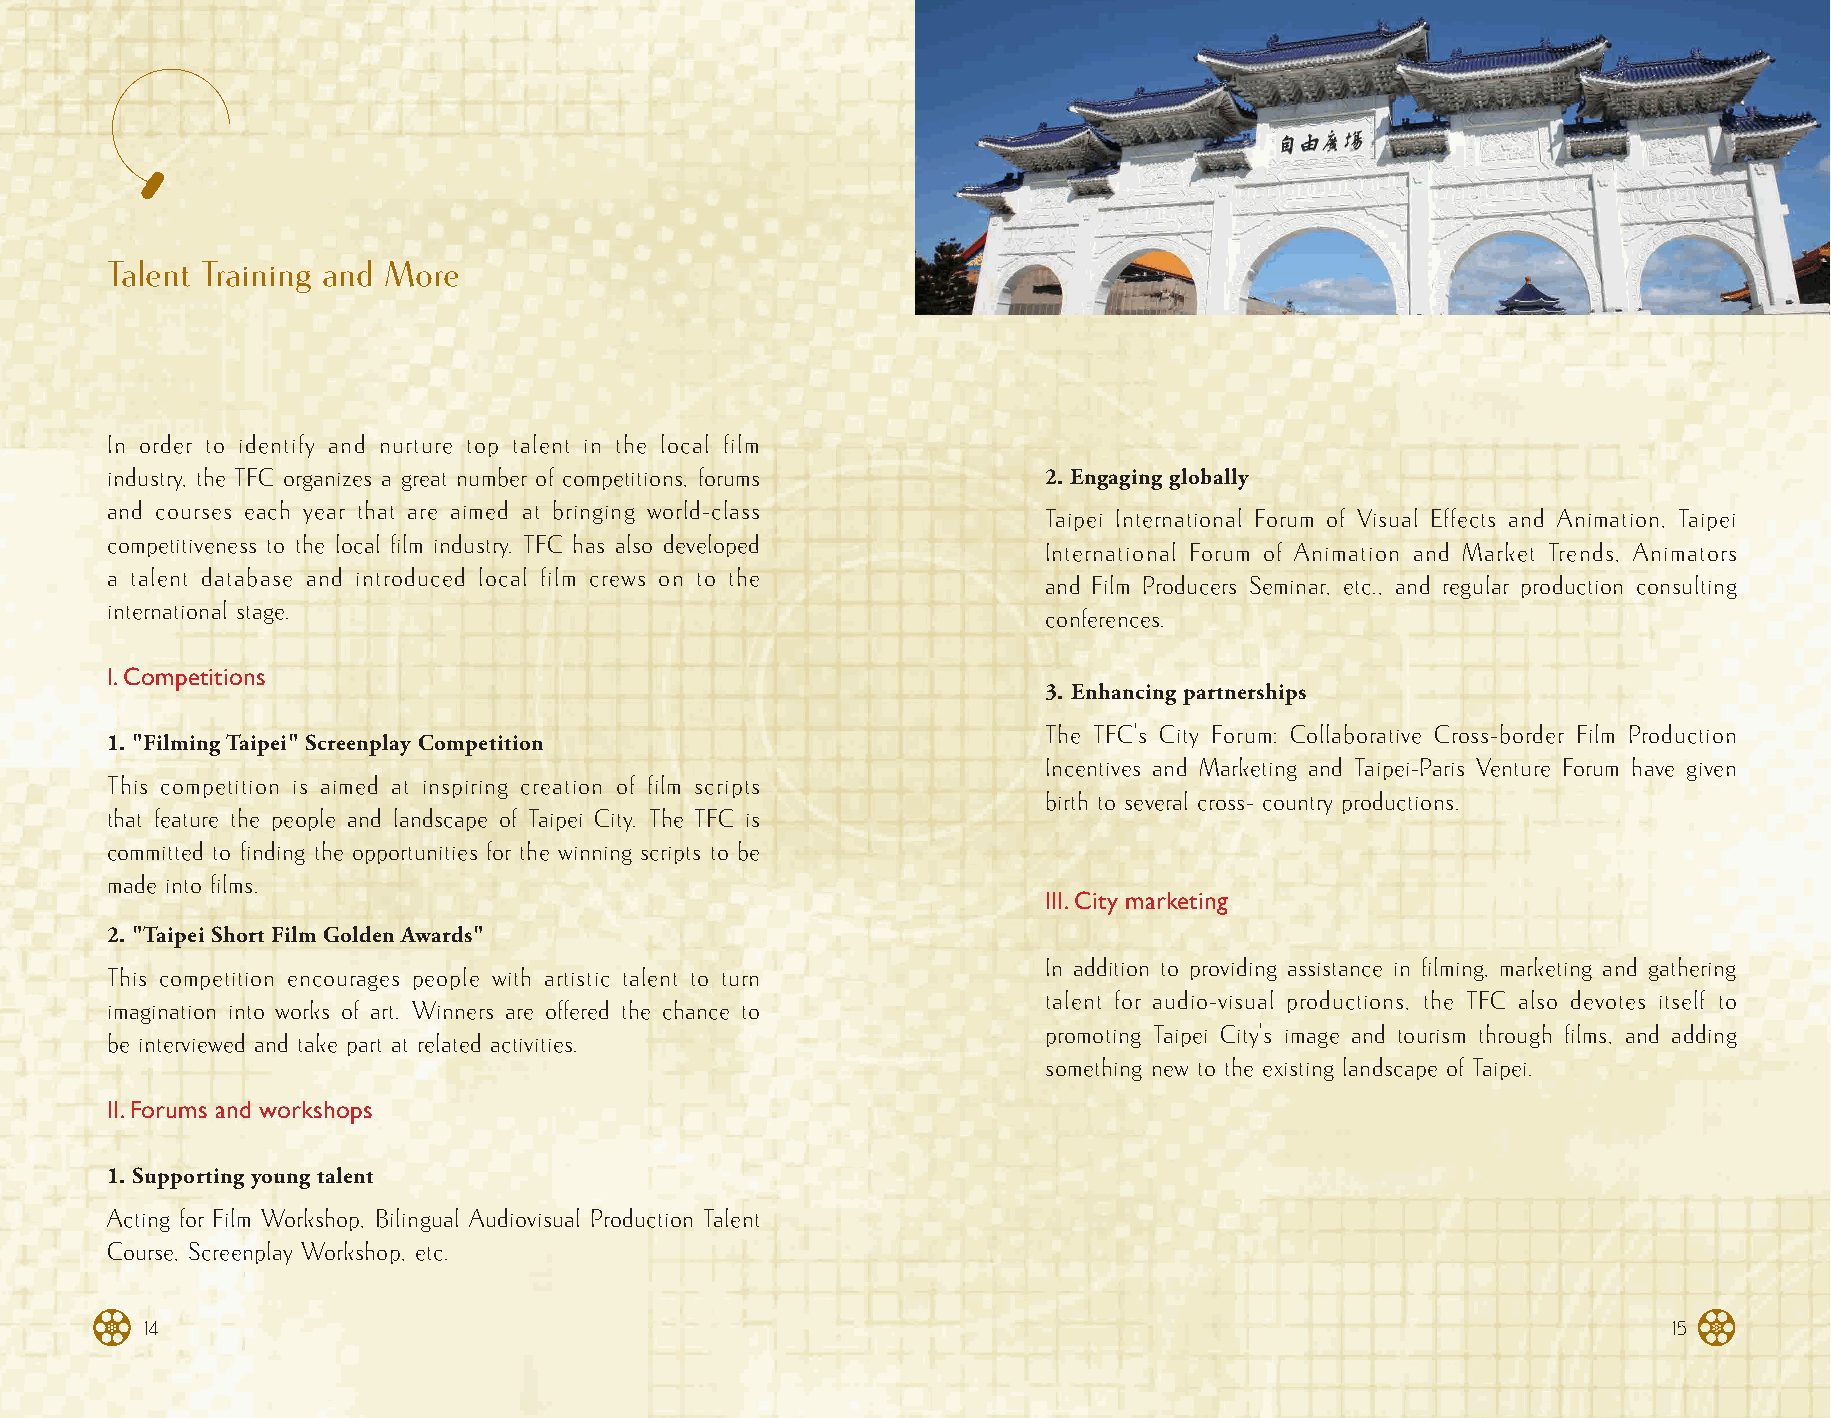
Talent Training and More
 In order to identify and nurture top talent in the local film
 industry, the TFC organizes a great number of competitions, forums 2. Engaging globally
 and courses each year that are aimed at bringing world-class
 Taipei International Forum of Visual Effects and Animation, Taipei
 competitiveness to the local film industry. TFC has also developed
 International Forum of Animation and Market Trends, Animators
 a talent database and introduced local film crews on to the
 and Film Producers Seminar, etc., and regular production consulting
 international stage.
 conferences.
 I. Competitions
 3. Enhancing partnerships
 The TFC's City Forum: Collaborative Cross-border Film Production
 1. "Filming Taipei" Screenplay Competition
 Incentives and Marketing and Taipei-Paris Venture Forum have given
 This competition is aimed at inspiring creation of film scripts
 birth to several cross- country productions.
 that feature the people and landscape of Taipei City. The TFC is
 committed to finding the opportunities for the winning scripts to be
 made into films.
 III. City marketing
 2. "Taipei Short Film Golden Awards"
 In addition to providing assistance in filming, marketing and gathering
 This competition encourages people with artistic talent to turn
 talent for audio-visual productions, the TFC also devotes itself to
 imagination into works of art. Winners are offered the chance to
 promoting Taipei City's image and tourism through films, and adding
 be interviewed and take part at related activities.
 something new to the existing landscape of Taipei.
 II. Forums and workshops
 1. Supporting young talent
 Acting for Film Workshop, Bilingual Audiovisual Production Talent
 Course, Screenplay Workshop, etc.
 1149                                                                                                 1158